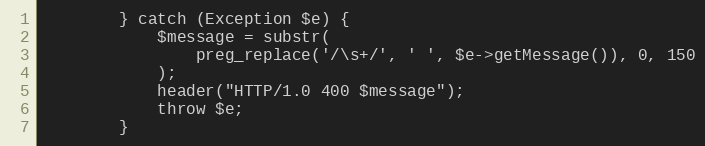
Language: PHP
        } catch (Exception $e) {
            $message = substr(
                preg_replace('/\s+/', ' ', $e->getMessage()), 0, 150
            );
            header("HTTP/1.0 400 $message");
            throw $e;
        }